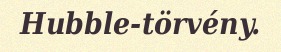
Hubble-törvény.